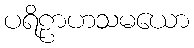
ပရိဠာဟသမယော